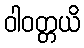
ဝါဝတ္တယိ